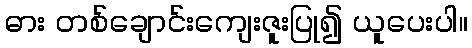
ဓား တစ်ချောင်းကျေးဇူးပြု၍ ယူပေးပါ။